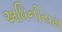
અધિનીયમ